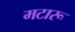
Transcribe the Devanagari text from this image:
मटारू